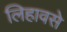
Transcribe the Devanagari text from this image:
लिहावसे